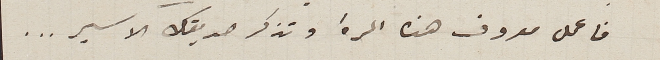
فاعمل معروف هذه المرة وتذكر صديقك الاسير....